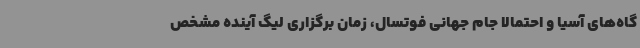
گاه‌های آسیا و احتمالاً جام جهانی فوتسال، زمان برگزاری لیگ آینده مشخص